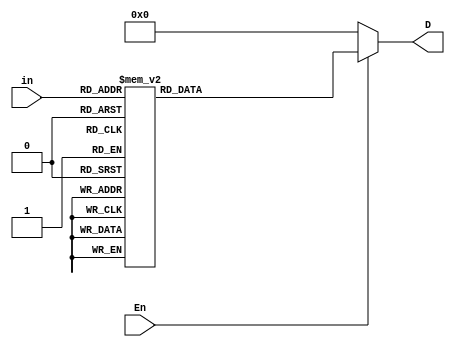
// 
module decoder_3x8(in,En,D);
input[2:0]in;
input En;
output reg[7:0]D;

//functionality of design..

always@(in or En)
begin

if(En)
case(in)
   3'b000: D=8'b0000_0001;
   3'b001: D=8'b0000_0010;
   3'b010: D=8'b0000_0100;
   3'b011: D=8'b0000_1000;
   3'b100: D=8'b0001_0000;
   3'b101: D=8'b0010_0000;
   3'b110: D=8'b0100_0000;
   3'b111: D=8'b1000_0000;
   endcase
else   
   D=8'b0000_0000;

end
endmodule